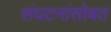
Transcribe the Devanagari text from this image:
संघटनांसोबत